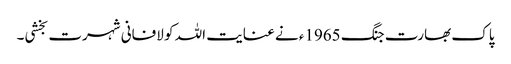
پاک بھارت جنگ 1965ء نے عنایت اللہ کو لافانی شہرت بخشی۔